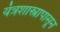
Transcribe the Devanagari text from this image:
यंत्रशास्त्रापासून